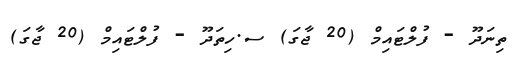
ތިނަދޫ - ފުލްޓައިމް (20 ޖާގަ) ސ.ހިތަދޫ - ފުލްޓައިމް (20 ޖާގަ)